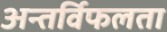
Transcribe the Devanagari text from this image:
अन्तर्विफलता